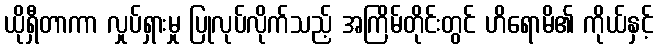
ယိုရှီတာကာ လှုပ်ရှားမှု ပြုလုပ်လိုက်သည့် အကြိမ်တိုင်းတွင် ဟိရောမိ၏ ကိုယ်နှင့်